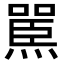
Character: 𪹬